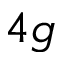
4 g